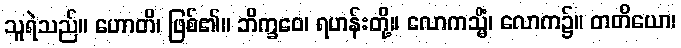
သူရဲသည်။ ဟောတိ၊ ဖြစ်၏။ ဘိက္ခဝေ၊ ရဟန်းတို့။ လောကသ္မိံ၊ လောက၌။ တတိယော၊